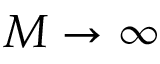
M \rightarrow \infty